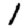
Digit: 1